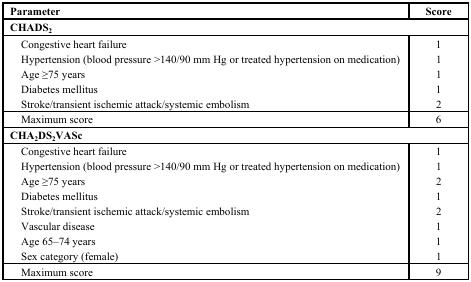
<table><thead><tr><td colspan="2"><b>Parameter</b></td><td><b>Score</b></td></tr></thead><tbody><tr><td colspan="3"><b>CHADS<sub>2</sub></b></td></tr><tr><td></td><td>Congestive heart failure</td><td>1</td></tr><tr><td></td><td>Hypertension (blood pressure &gt;140/90 mm Hg or treated hypertension on medication)</td><td>1</td></tr><tr><td></td><td>Age ≥75 years</td><td>1</td></tr><tr><td></td><td>Diabetes mellitus</td><td>1</td></tr><tr><td></td><td>Stroke/transient ischemic attack/systemic embolism</td><td>2</td></tr><tr><td></td><td>Maximum score</td><td>6</td></tr><tr><td colspan="3"><b>CHA<sub>2</sub>DS<sub>2</sub>VASc</b></td></tr><tr><td></td><td>Congestive heart failure</td><td>1</td></tr><tr><td></td><td>Hypertension (blood pressure &gt;140/90 mm Hg or treated hypertension on medication)</td><td>1</td></tr><tr><td></td><td>Age ≥75 years</td><td>2</td></tr><tr><td></td><td>Diabetes mellitus</td><td>1</td></tr><tr><td></td><td>Stroke/transient ischemic attack/systemic embolism</td><td>2</td></tr><tr><td></td><td>Vascular disease </td><td>1</td></tr><tr><td></td><td>Age 65–74 years</td><td>1</td></tr><tr><td></td><td>Sex category (female)</td><td>1</td></tr><tr><td></td><td>Maximum score</td><td>9</td></tr></tbody></table>